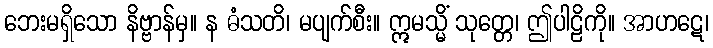
ဘေးမရှိသော နိဗ္ဗာန်မှ။ န ဓံသတိ၊ မပျက်စီး။ ဣမသ္မိံ သုတ္တေ၊ ဤပါဠိကို။ အာဟဋေ၊